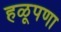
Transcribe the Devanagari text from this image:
हळूपणा